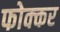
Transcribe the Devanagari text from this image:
फोक्‍कर